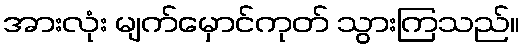
အားလုံး မျက်မှောင်ကုတ် သွားကြသည်။